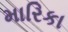
મારિકા